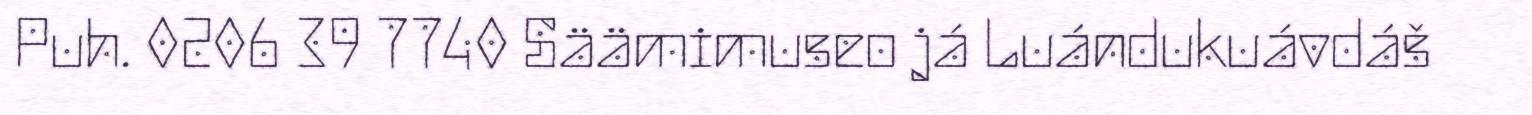
Puh. 0206 39 7740 Säämimuseo já Luándukuávdáš